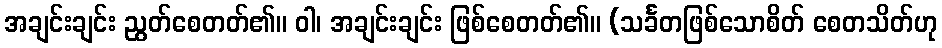
အချင်းချင်း ညွတ်စေတတ်၏။ ဝါ၊ အချင်းချင်း ဖြစ်စေတတ်၏။ (သင်္ခတဖြစ်သောစိတ် စေတသိတ်ဟု